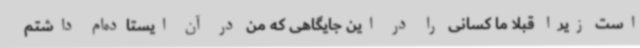
است زیرا قبلا ما کسانی را در این جایگاهی که من در آن ایستاده‌ام داشتم